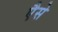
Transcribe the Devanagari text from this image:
एैसे